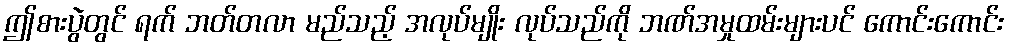
ဤစားပွဲတွင် ရက် ဘတ်တလာ မည်သည့် အလုပ်မျိုး လုပ်သည်ကို ဘဏ်အမှုထမ်းများပင် ကောင်းကောင်း